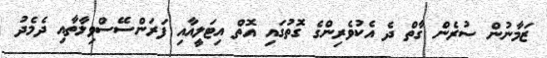
ޒަމާނުން ސުރެން ގާތް ދެ އެކުވެރިންގެ ގޮތުގައި އޮތް އިޓަލީއާއި ފަރަންސޭސްވިލާތާއި ދެމެދު